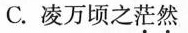
C.凌万顷之茫然